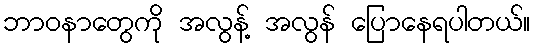
ဘာဝနာတွေကို အလွန့် အလွန် ပြောနေရပါတယ်။